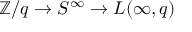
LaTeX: \mathbb { Z } / q \to S ^ { \infty } \to L ( \infty , q )